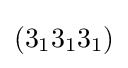
(3_{1}3_{1}3_{1})